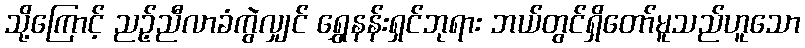
သို့ကြောင့် ညဉ့်ညီလာခံကွဲလျှင် ရွှေနန်းရှင်ဘုရား ဘယ်တွင်ရှိတော်မူသည်ဟူသော